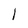
Character: 1